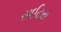
રાઈટસ